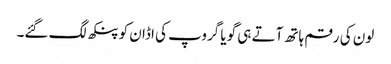
لون کی رقم ہاتھ آتے ہی گویا گروپ کی اڈان کو پنکھ لگ گئے۔